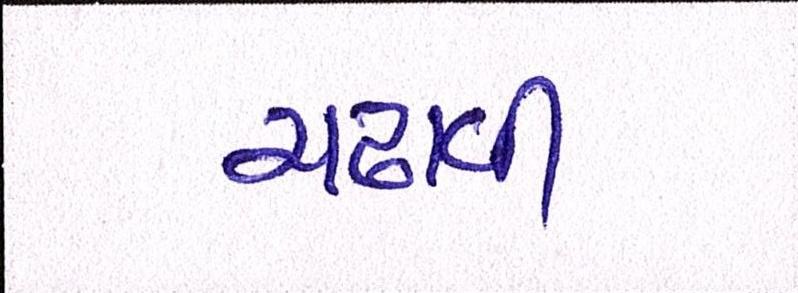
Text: ચઢાવી